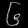
Digit: ၆